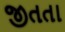
જીતતા